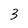
Character: 3